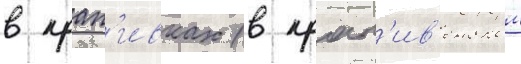
в крап'ивках (в крап'ив'енском